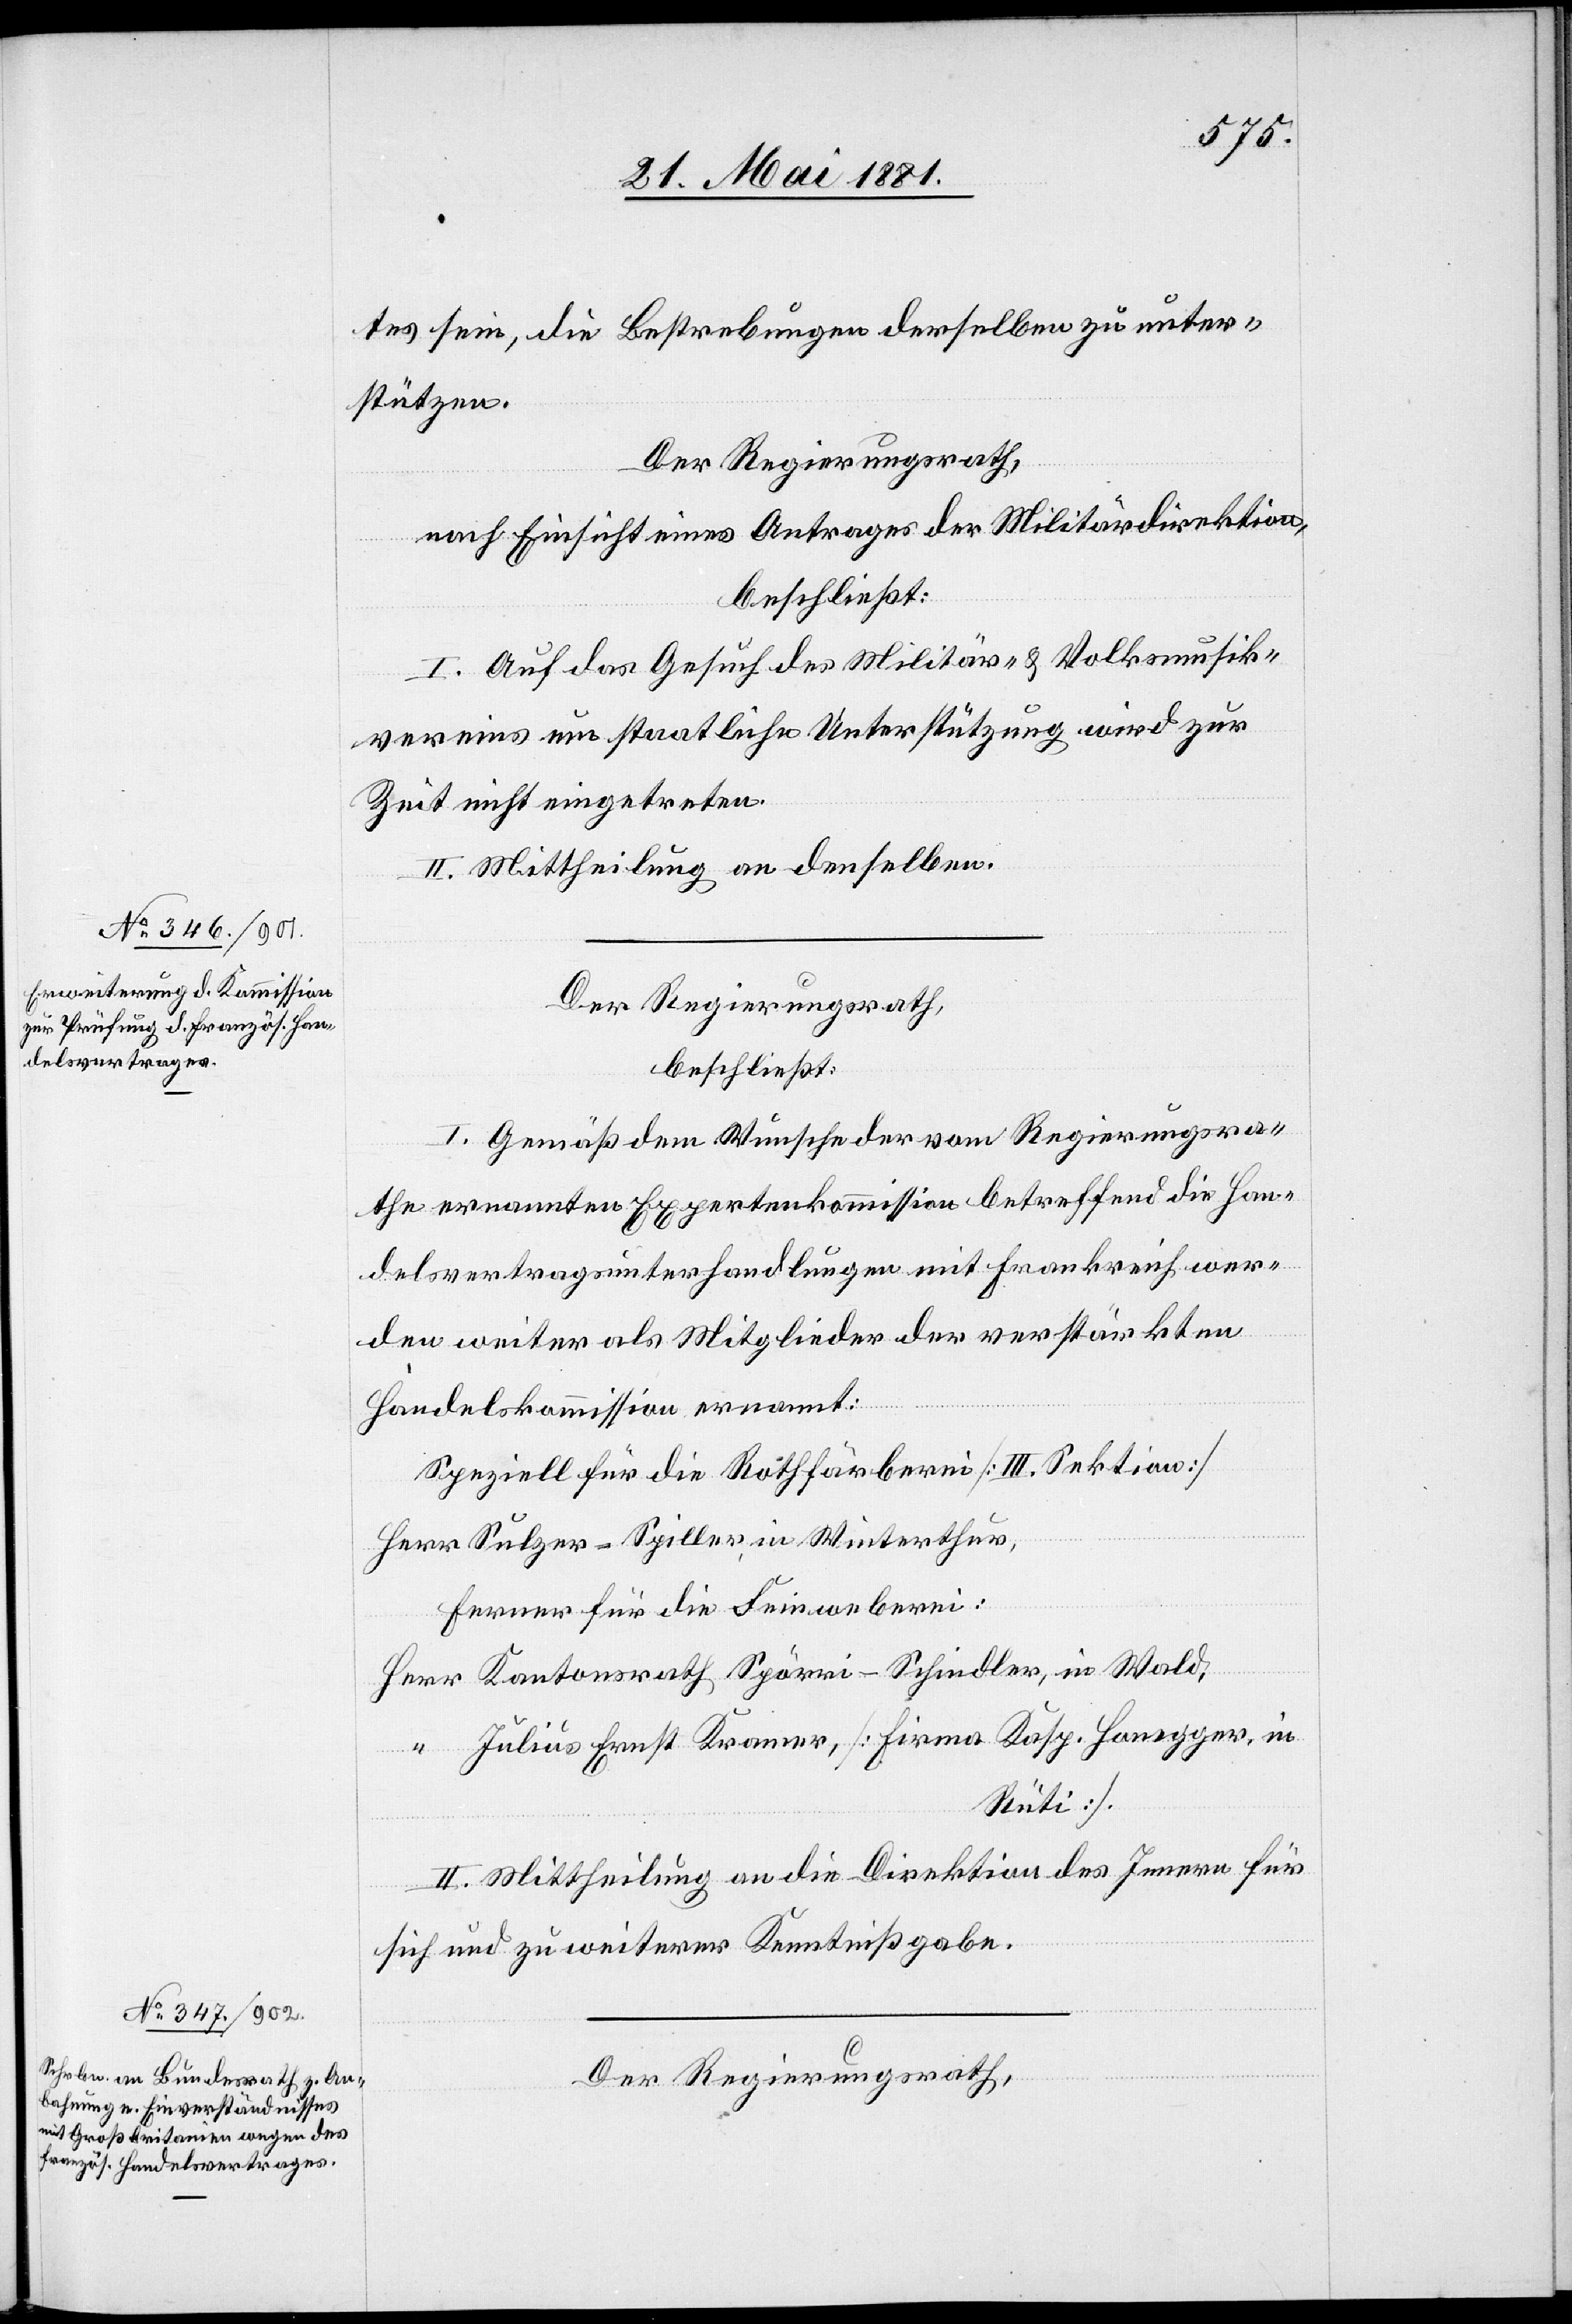
tes sein, die Bestrebungen derselben zu unter¬
stützen.
Der Regierungsrath,
nach Einsicht eines Antrages der Militärdirektion,
beschließt:
I. Auf das Gesuch des Militärs- & Volksmusik¬
vereins um staatliche Unterstützung wird zu
Zeit nicht eingetreten.
II. Mittheilung an denselben.
Der Regierungsrath,
beschließt:
I. Gemäß dem Wunsche der vom Regierungsra¬
the ernannten Expertenkommission betreffend die Han¬
delsvertragsunterhandlungen mit Frankreich wer¬
den weiter als Mitglieder der verstärkten
Handelskommission ernannt:
Speziell für die Rothfärberei [III. Sektion]
Sulzer-Spiller, in Winterthur
Ferner für die Leinweberei:
Kantonsrath Spörri-Schindler, in Wald,
Julius Ernst Kramer, [Firma Kaps. Honegger, in
Rüti].
II. Mittheilung an die Direktion des Innern für
sich und zu weiterer Kenntnißgabe.
Der Regierungsrath,